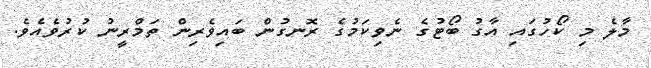
މާލެ މި ކޯހުގައި އާގު ބޯޓުގެ ނެވިކަމުގެ ރޮނގުން ބައިވެރިން ތަމްރީނު ކުރުވެއެވެ.